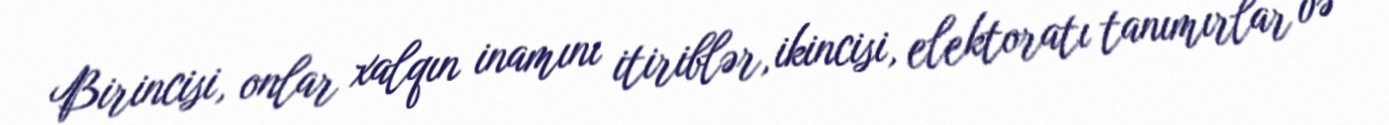
Birincisi, onlar xalqın inamını itiriblər, ikincisi, elektoratı tanımırlar və